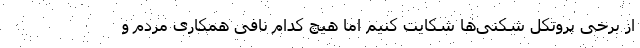
از برخی پروتکل شکنی‌ها شکایت کنیم اما هیچ کدام نافی همکاری مردم و